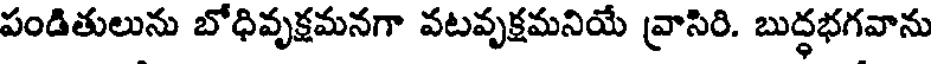
పండితులును బోధివృక్షమనగా వటవృక్షమనియే వ్రాసిరి. బుద్ధభగవాను